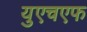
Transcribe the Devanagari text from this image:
युएचएफ